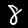
Label: 8